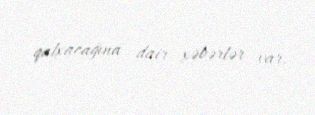
qalxacağına dair xəbərlər var.